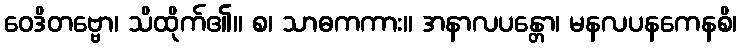
ဝေဒိတဗ္ဗော၊ သိထိုက်၏။ စ၊ သာဓကကား။ အနာလပန္တော၊ မနလပနကေနစိ၊